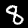
Digit: 8